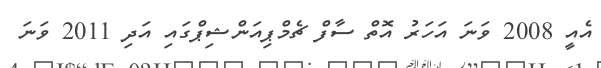
އެއީ 2008 ވަނަ އަހަރު އޮތް ސާފް ޗެމްޕިއަންޝިޕްގައި އަދި 2011 ވަނަަ